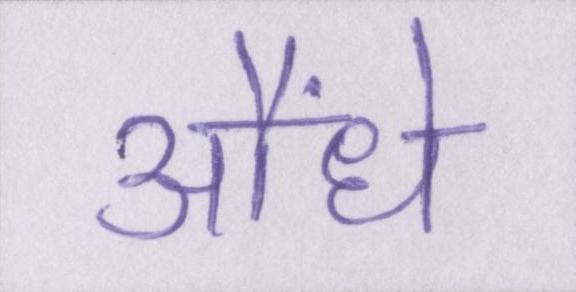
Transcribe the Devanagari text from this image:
औंधे